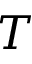
T